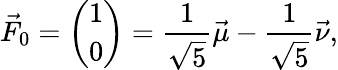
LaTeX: {\vec{F}}_{0}={\binom{1}{0}}={\frac{1}{\sqrt{5}}}{\vec{\mu}}-{\frac{1}{\sqrt{5}}}{\vec{\nu}},